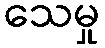
သေမှု